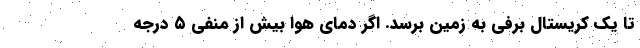
تا یک کریستال برفی به زمین برسد. اگر دمای هوا بیش از منفی ۵ درجه